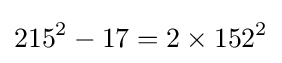
215^{2}-17=2\times 152^{2}